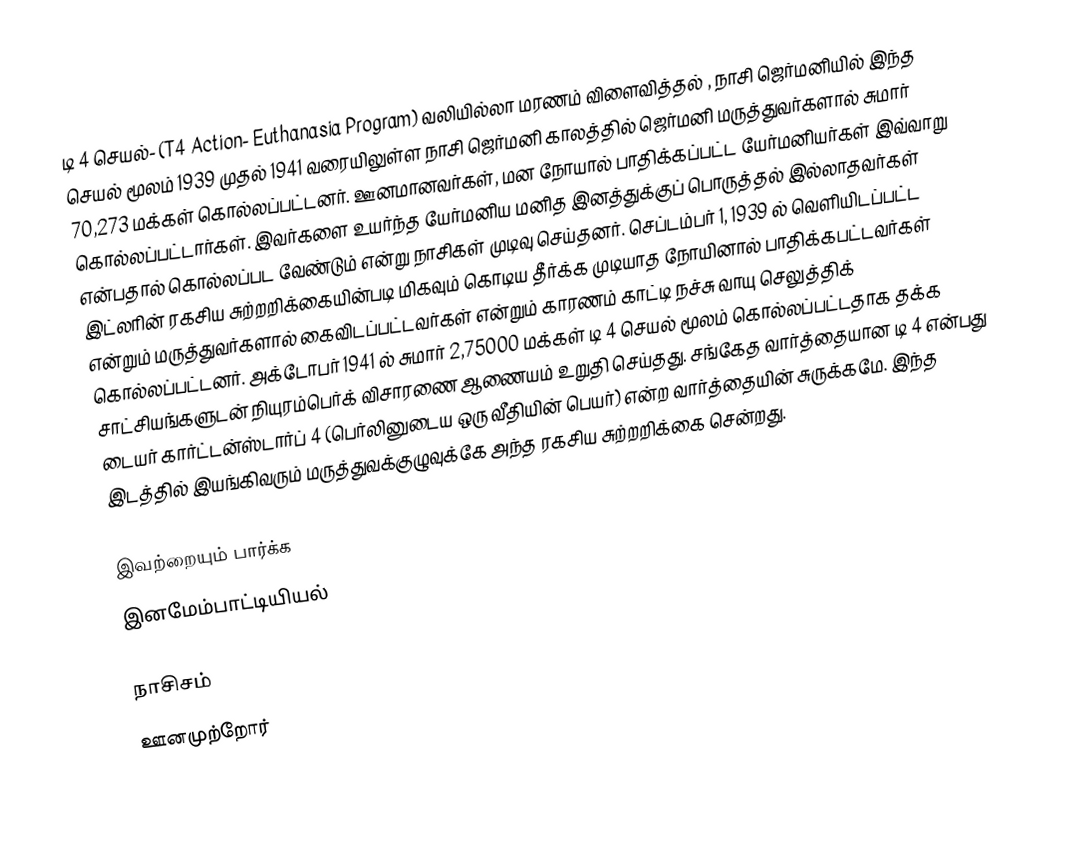
டி 4 செயல்- (T4 Action- Euthanasia Program) வலியில்லா மரணம் விளைவித்தல் , நாசி ஜெர்மனியில் இந்த செயல் மூலம் 1939 முதல் 1941 வரையிலுள்ள நாசி ஜெர்மனி காலத்தில் ஜெர்மனி மருத்துவர்களால் சுமார் 70,273 மக்கள் கொல்லப்பட்டனர்.  ஊனமானவர்கள், மன நோயால் பாதிக்கப்பட்ட யேர்மனியர்கள் இவ்வாறு கொல்லப்பட்டார்கள்.  இவர்களை உயர்ந்த யேர்மனிய மனித இனத்துக்குப் பொருத்தல் இல்லாதவர்கள் என்பதால் கொல்லப்பட வேண்டும் என்று நாசிகள் முடிவு செய்தனர்.  செப்டம்பர் 1, 1939 ல் வெளியிடப்பட்ட இட்லரின் ரகசிய சுற்றறிக்கையின்படி மிகவும் கொடிய தீர்க்க முடியாத நோயினால் பாதிக்கபட்டவர்கள் என்றும் மருத்துவர்களால் கைவிடப்பட்டவர்கள் என்றும் காரணம் காட்டி நச்சு வாயு செலுத்திக் கொல்லப்பட்டனர். அக்டோபர் 1941 ல் சுமார் 2,75000 மக்கள் டி 4 செயல் மூலம் கொல்லப்பட்டதாக தக்க சாட்சியங்களுடன் நியுரம்பெர்க் விசாரணை ஆணையம் உறுதி செய்தது. சங்கேத வார்த்தையான டி 4 என்பது டையர் கார்ட்டன்ஸ்டார்ப் 4 (பெர்லினுடைய ஒரு வீதியின் பெயர்) என்ற வார்த்தையின் சுருக்கமே. இந்த இடத்தில் இயங்கிவரும் மருத்துவக்குழுவுக்கே அந்த ரகசிய சுற்றறிக்கை சென்றது.

இவற்றையும் பார்க்க
 இனமேம்பாட்டியியல்

நாசிசம்
ஊனமுற்றோர்